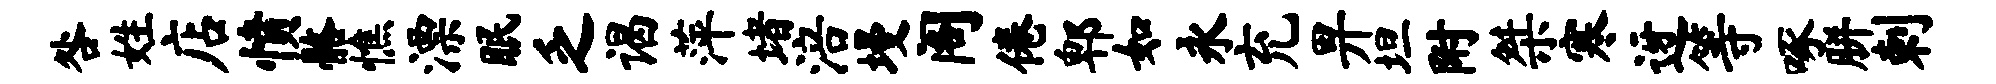
咎姓店愤髂憔漂眠乏谒萍堵涪墁阁倦郫如永充畀坦附桀寒迓等啄胼剌